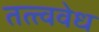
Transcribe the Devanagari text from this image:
तत्त्ववेध